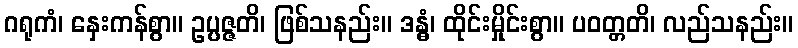
ဂရုကံ၊ နှေးကန်စွာ။ ဥပ္ပဇ္ဇတိ၊ ဖြစ်သနည်း။ ဒန္ဓံ၊ ထိုင်းမှိုင်းစွာ။ ပဝတ္တတိ၊ လည်သနည်း။